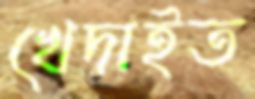
খেদাইত